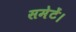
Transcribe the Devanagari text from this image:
समेटें।